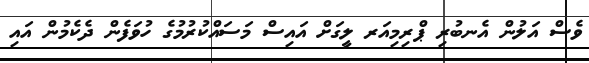
ވެސް އަލުން އެނބުރި ޕްރިމިއަރ ލީގަށް އައިސް މަސައްކުރުމުގެ ހުވަފެން ދެކެމުން އައި